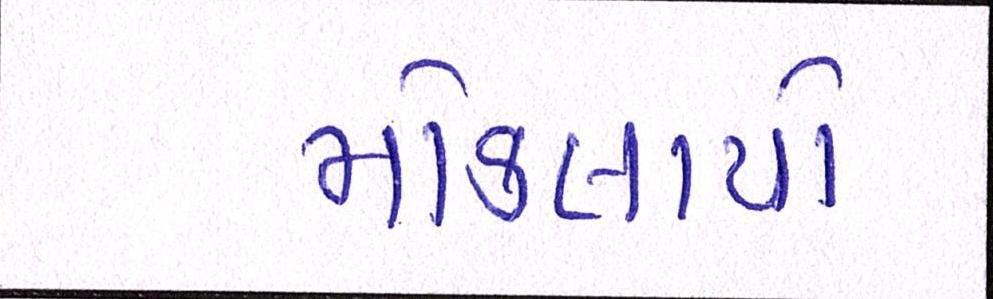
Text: મોકલાયો